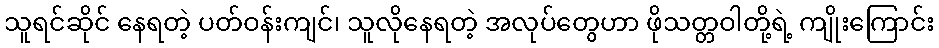
သူရင်ဆိုင် နေရတဲ့ ပတ်ဝန်းကျင်၊ သူလိုနေရတဲ့ အလုပ်တွေဟာ ဖိုသတ္တဝါတို့ရဲ့ ကျိုးကြောင်း